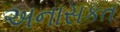
અનાસકત